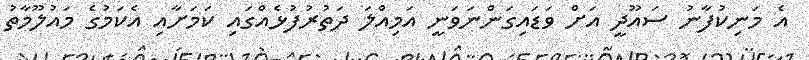
އެ މަނިކުފާނު ސައޫދީ އަށް ވަޑައިގަންނަވަނީ އަމިއްލަ ދަތުރުފުޅެއްގައި ކަމަށާއި އެކަމުގެ މައުލޫމާތު